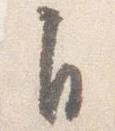
自